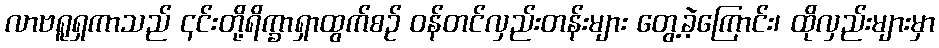
လာဗရူရှကာသည် ၎င်းတို့ရိက္ခာရှာထွက်စဉ် ဝန်တင်လှည်းတန်းများ တွေ့ခဲ့ကြောင်း၊ ထိုလှည်းများမှာ